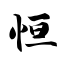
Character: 恒